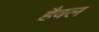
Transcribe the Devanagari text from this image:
हैवल